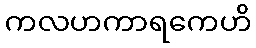
ကလဟကာရကေဟိ